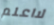
لااعلم